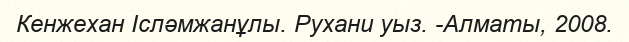
Кенжехан Ісләмжанұлы. Рухани уыз. -Алматы, 2008.